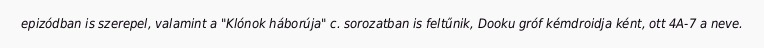
epizódban is szerepel, valamint a "Klónok háborúja" c. sorozatban is feltűnik, Dooku gróf kémdroidja ként, ott 4A-7 a neve.